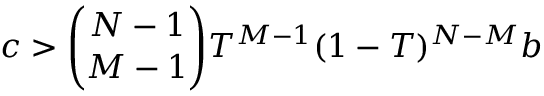
c > \binom { N - 1 } { M - 1 } T ^ { M - 1 } ( 1 - T ) ^ { N - M } b